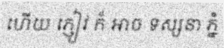
ហើយ ភ្ញៀវ ក៏ អាច ទស្សនា ភ្នំ